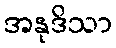
အနုဒိသာ